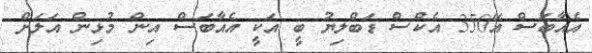
އެއާބަސް އޭ350 އެކްސް ޑަބްލިޔު ބީ އަކީ އެއާބަސް އިން މުޅިން އަލަށް